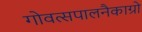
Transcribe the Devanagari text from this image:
गोवत्सपालनैकाग्रो